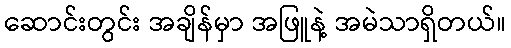
ဆောင်းတွင်း အချိန်မှာ အဖြူနဲ့ အမဲသာရှိတယ်။